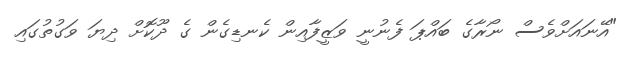
"އޭނައަށްވެސް ނޯރާގެ ބައްޕަ ފެނުނީ ވަޒީފާއިން ކެނޑިގެން ގެ ދޫކޮށް ދިޔަ ވަގުތުގައި